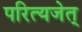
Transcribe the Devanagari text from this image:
परित्यजेत्